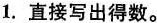
1.直接写出得数。